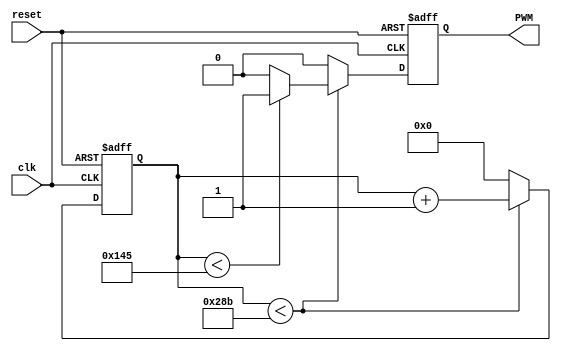

module baud_clock_divider (
    input wire clk,
    input wire reset,
    output reg PWM
);

	wire [31:0] count_max = 651;
	wire [31:0] count_duty = 325;
	reg [31:0] count;
	    
	always @(posedge clk, posedge reset) begin
	    if (reset) begin
	        count <= 0;
	        PWM <= 0;
	    end else if (count < count_max) begin
	        count <= count + 1;
			if(count < count_duty)
	            PWM <= 1;
	        else
	            PWM <= 0;
	    end else begin
	        count <= 0;
	        PWM <= 0;
	    end
	end

endmodule